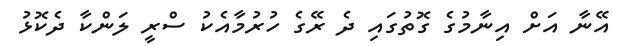
އޭނާ އަށް އިނާމުގެ ގޮތުގައި ދެ ރޭގެ ހުރުމާއެކު ސްރީ ލަންކާ ދެކޮޅު